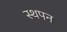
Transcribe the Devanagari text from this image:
स्थपन